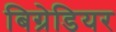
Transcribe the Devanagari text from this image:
बिग्रेडियर